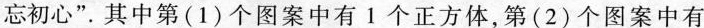
忘初心”。其中第(1)个图案中有1个正方体，第(2)个图案中有